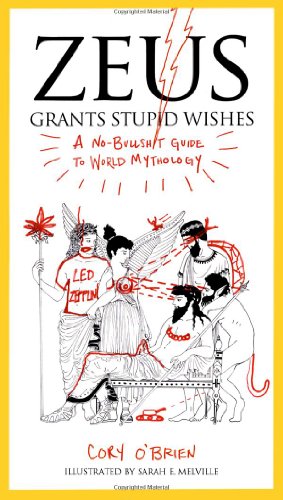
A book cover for Zeus Grants Stupid Wishes: A No-Bullshit Guide to World Mythology; Cory O'Brien; Humor & Entertainment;